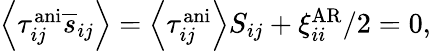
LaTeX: \begin{array}{r}{\left<\tau_{ij}^{\mathrm{ani}}\overline{{s}}_{ij}\right>=\left<\tau_{ij}^{\mathrm{ani}}\right>S_{ij}+\xi_{ii}^{\mathrm{AR}}/2=0,}\end{array}